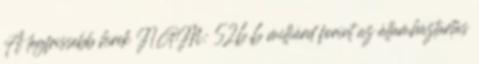
A legfrissebb hírek NGM: 526,6 milliárd forint az államháztartás